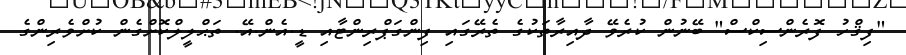
"ފިޤްހު ފޮރެންސިކްސް" ބޭނުން ކުރެވޭ ދާއިރާތަކުގެ ތެރޭގައި ފިންގަޕްރިންޓާއި ޑީ.އެން.އޭ. ތަޙްލީލްކޮށްގެން ކުށްވެރިންގެ